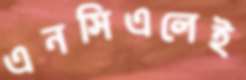
এনসিএলেই